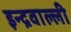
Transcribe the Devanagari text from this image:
इन्द्रवाल्ली